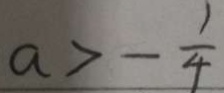
a > - \frac { 1 } { 4 }